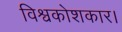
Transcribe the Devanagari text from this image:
विश्वकोशकार।